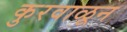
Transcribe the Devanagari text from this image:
कुरवाळून